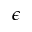
\epsilon